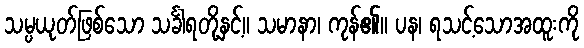
သမ္ပယုတ်ဖြစ်သော သင်္ခါရတို့နှင့်။ သမာနာ၊ ကုန်၏။ ပန၊ ရသင့်သောအထူးကို